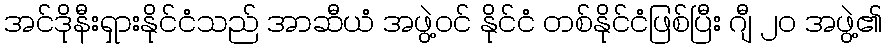
အင်ဒိုနီးရှားနိုင်ငံသည် အာဆီယံ အဖွဲ့ဝင် နိုင်ငံ တစ်နိုင်ငံဖြစ်ပြီး ဂျီ ၂၀ အဖွဲ့၏